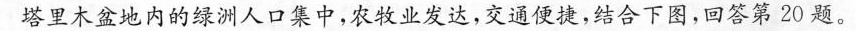
塔里木盆地内的绿洲人口集中，农牧业发达，交通便捷，结合下图，回答第20题。